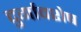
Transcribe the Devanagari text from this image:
दुर्गावशेष